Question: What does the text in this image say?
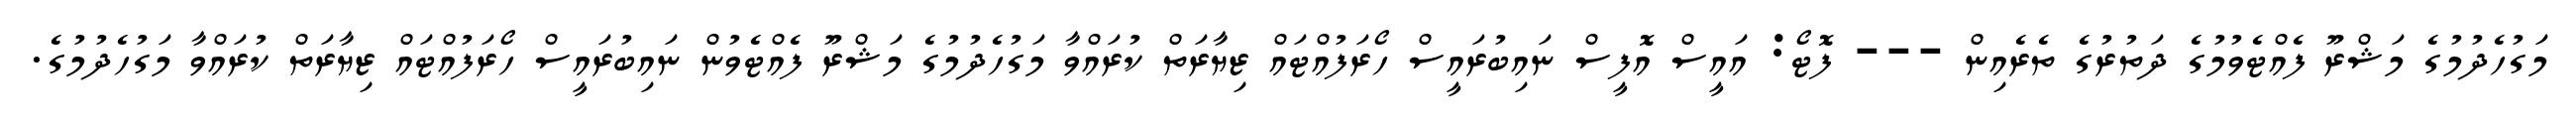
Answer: މަގުހެދުމުގެ މަޝްރޫ ފެއްޓެވުމުގެ ދަތުރުގެ ތެރެއިން --- ފޮޓޯ: އައީސް އޮފީސް ނައިބުރައީސް ހޯރަފުއްޓައް ޒިޔާރަތް ކުރައްވާ މަގުހެދުމުގެ މަޝްރޫ ފެއްޓެވުން ނައިބުރައީސް ހޯރަފުއްޓައް ޒިޔާރަތް ކުރައްވާ މަގުހެދުމުގެ.